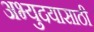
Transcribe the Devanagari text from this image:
अभ्युदयासाठी